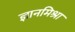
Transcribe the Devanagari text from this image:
ज्ञानमिश्रा